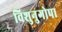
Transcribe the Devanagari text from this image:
विशुनुगोपा